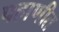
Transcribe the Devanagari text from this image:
पहाणीत